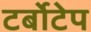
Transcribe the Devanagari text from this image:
टर्बोटेप